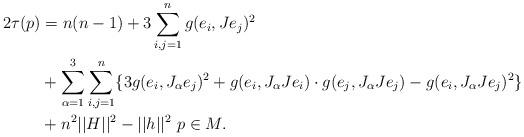
LaTeX: \begin{align*}2\tau(p) &= n(n-1) + 3\sum_{i,j=1}^n g(e_i,Je_j)^2 \\&+ \sum_{\alpha=1}^3\sum_{i,j=1}^n \{ 3g(e_i,J_{\alpha}e_j)^2 +g(e_i,J_{\alpha}Je_i)\cdot g(e_j,J_{\alpha}Je_j) -g(e_i,J_{\alpha}Je_j)^2 \} \\&+ n^2||H||^2 - ||h||^2 \ p\in M.\end{align*}